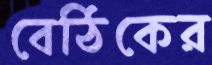
বেঠিকের